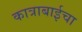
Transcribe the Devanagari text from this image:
कात्राबाईचा